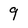
Character: 9